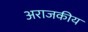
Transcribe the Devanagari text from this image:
अराजकीय